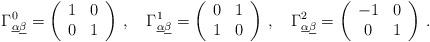
LaTeX: \begin{align*}\Gamma^{0}_{\underline\alpha\underline\beta}= \left(\begin{array}{cc}1 & 0\\0 & 1\end{array}\right)\,, \quad \Gamma^{1}_{\underline\alpha\underline\beta}=\left(\begin{array}{cc}0 & 1\\1 & 0\end{array}\right)\, , \quad \Gamma^2_{\underline\alpha\underline\beta}=\left(\begin{array}{cc}-1 & 0\\0 & 1\end{array}\right) \,.\end{align*}